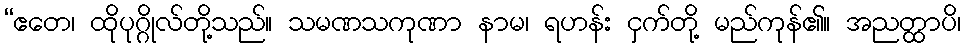
“ဧတေ၊ ထိုပုဂ္ဂိုလ်တို့သည်။ သမဏသကုဏာ နာမ၊ ရဟန်း ငှက်တို့ မည်ကုန်၏။ အညတ္ထာပိ၊